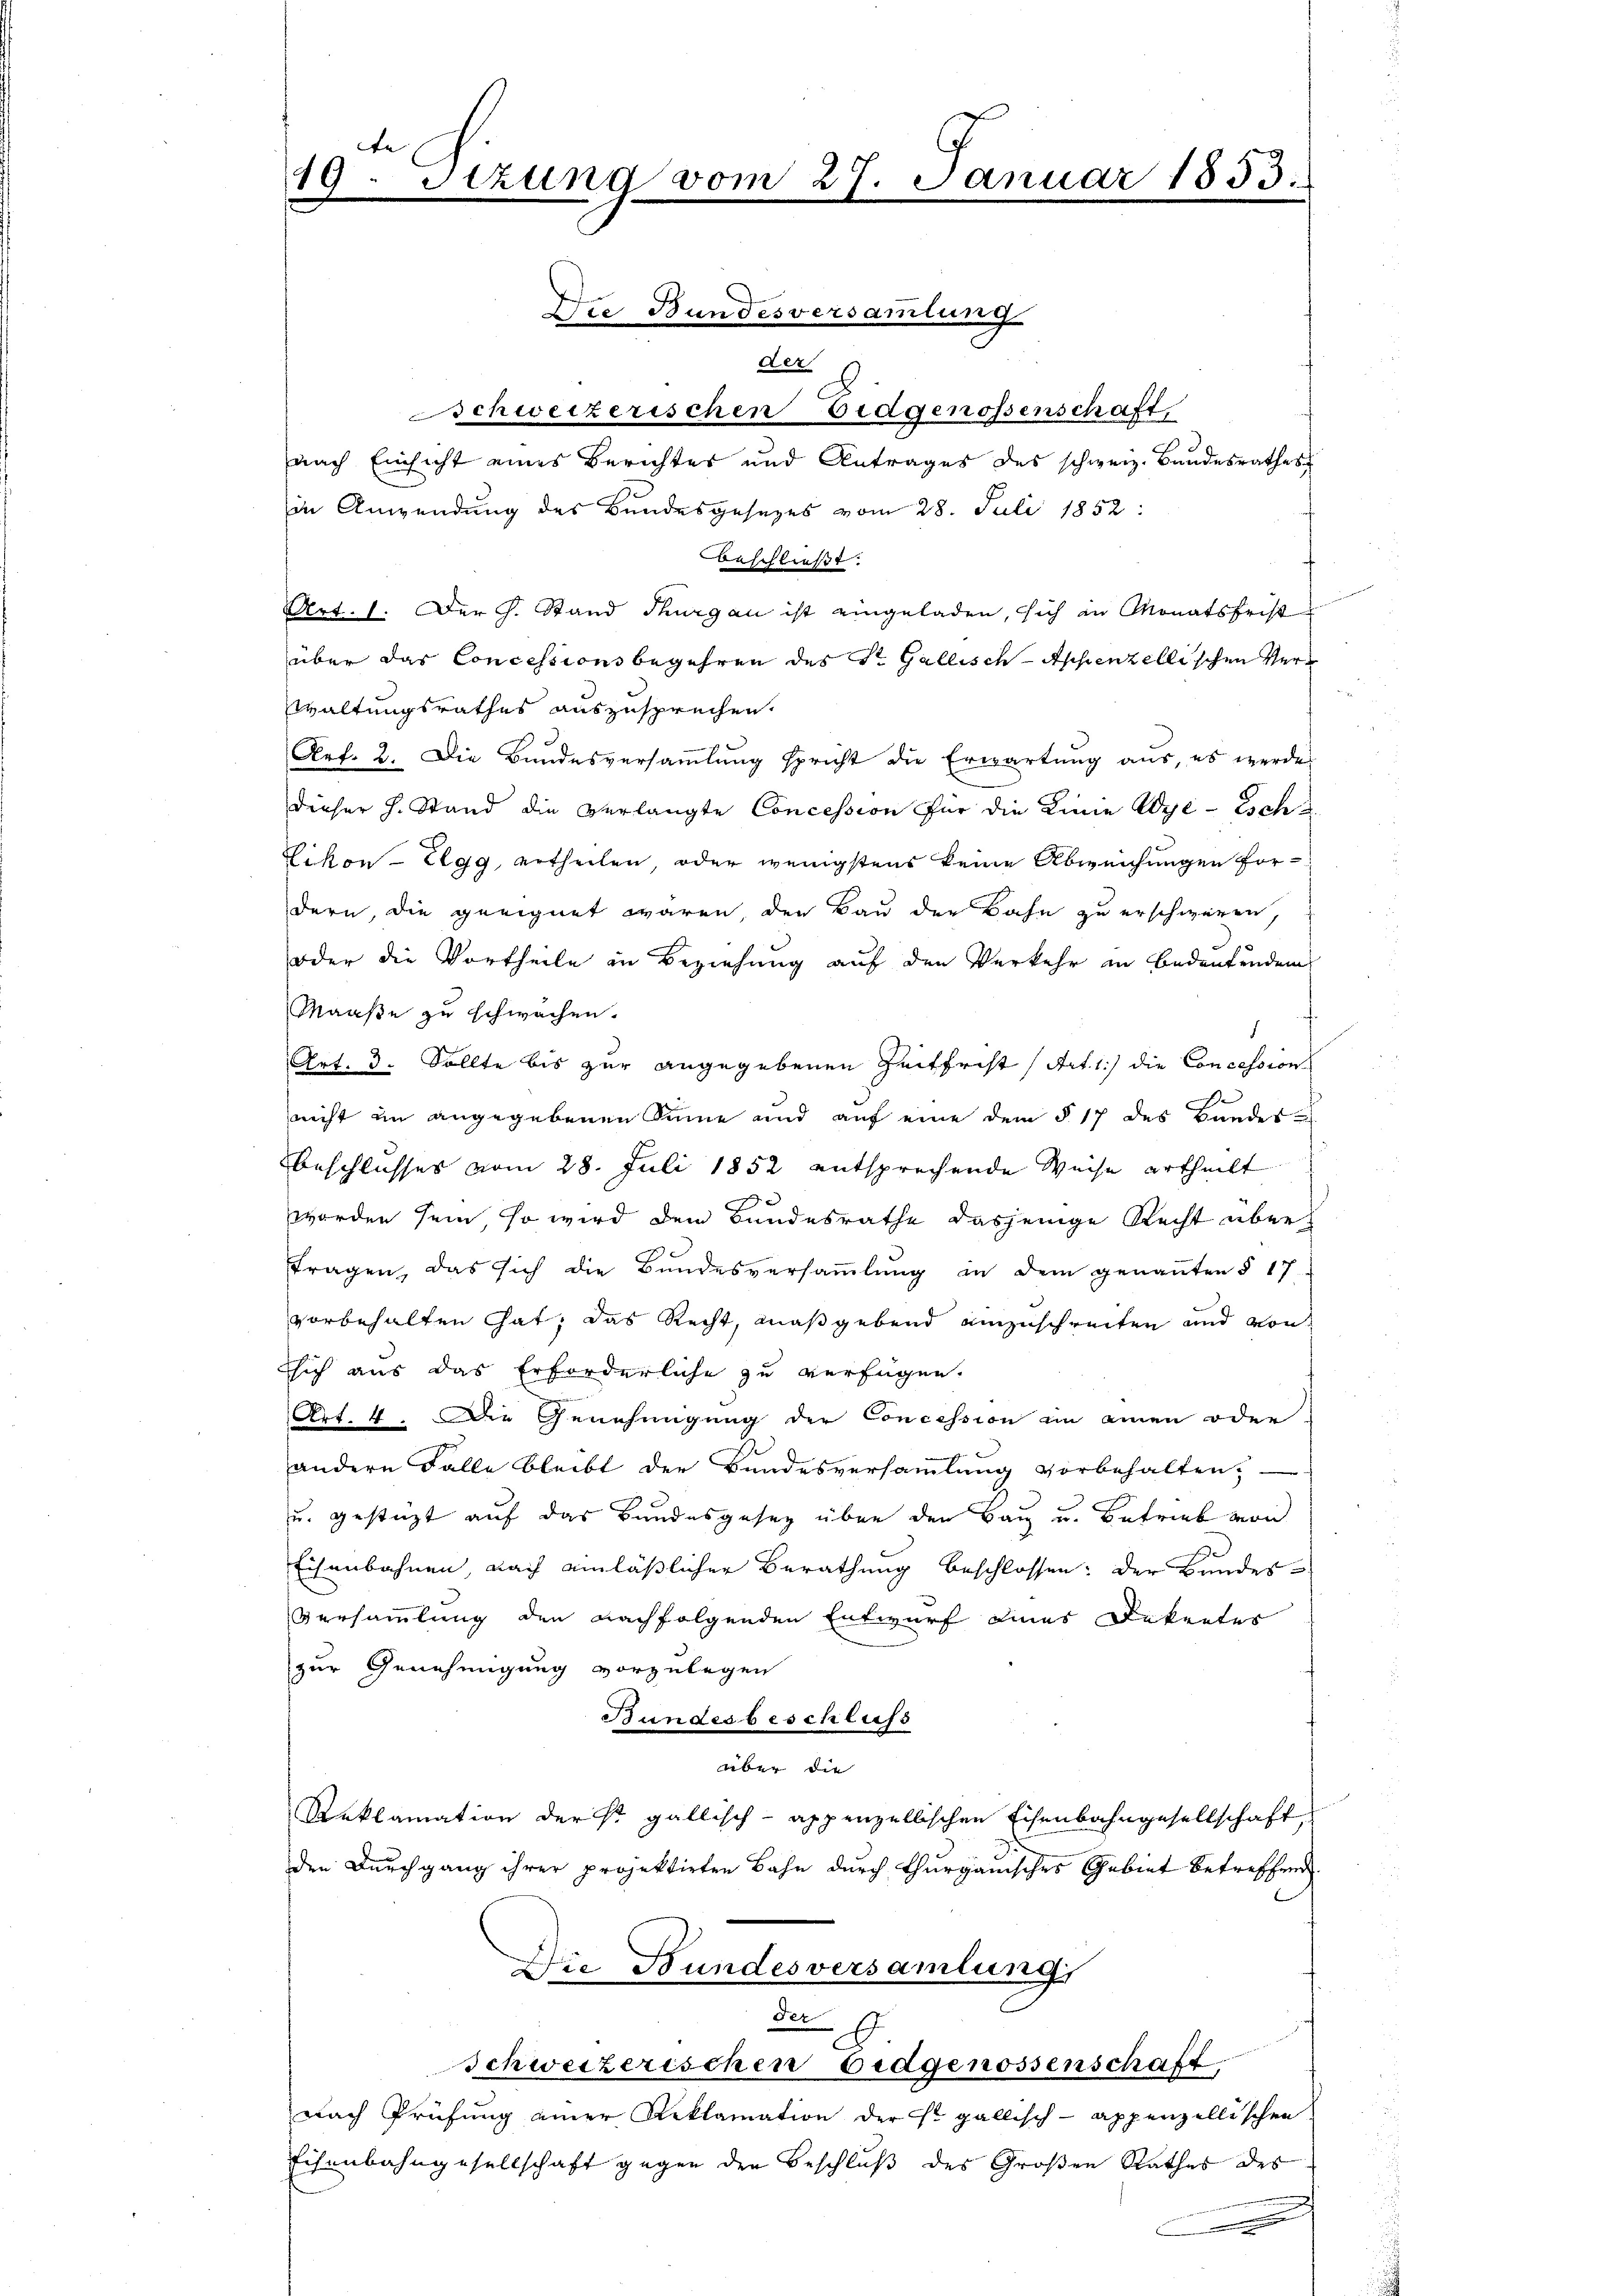
der
Schweizerischen Eidgenossenschaft,
nach Einsicht eines Berichtes und Antrages des schweiz. Bandesrathes
in Anwendung des Bundesgesezes vom 28. Juli 1852:
beschließt:
Art. 1. Der J. Stand Thurgau ist eingeladen, sich in Monatsfrist
über das Concessionsbegehren des St. Gallisch-Appenzellischen Verwaltungsrathes auszusprechen,
Art. 2. Die Bundesversammlung spricht die Erwartung aus, es werde
dieser H. Stand die verlangte Concession für die Linie Wye-Esche
Likon-Elgg ertheilen, oder wenigstens keine Abweichungen fordern, die geeignet waren, den Bau der Bahn zu erschweren,
oder die Vortheile in Beziehung auf den Verkehr in Bedeutenden
Maaße zu schwachen.
Art. 3. Sollte bis zur angegebenen Zeitfrist (Art. 1) die Concession
e
nicht im angegebenen Sinne und auf eine dem § 17 des Bundes-
Beschlusses vom 28. Juli 1852 entsprechende Weise ertheilt
worden sein, so wird dem Bundesrathe dasjenige Recht übertragen, das sich die Bundesversaṁlŭng in dem genannten § 17
vorbehalten hat, das Recht, maßgebend einzuschreiten und von
ssich aus das Erforderliche zu verfügen.
e
Art. 4. Die Genehmigung der Concession in einen oder
andern Falle bleibt der Bundesversammlung vorbehalten,
u. gestützt auf das Bundesgesetz über den Bau u. Betrieb von
Eisenbahnen, nach einläßlicher Berathung beschlossen: der Bundes¬
Versammlung den nachfolgenden Entwurf eines Dekretes
zur Genehmigung vorzulegen
Bundesbeschluss
über die
Reklamation der sr. gallisch-appenzellischen Eisenbahngesellschaft
den Durchgang ihrer projektirten Bahn durch Thurganisches Gebiet betreffend
Die Bundesversamlung
der
Schweizerischen Eidgenossenschaft,
nach Prüfung einer Reklamation der Fr. gallisch-appenzellischen
Eisenbahngesellschaft gegen den Beschluß des Großen Rathes des
.

te
19. Sitzung von

Die Bundesversamlung

27. Januar 1853.